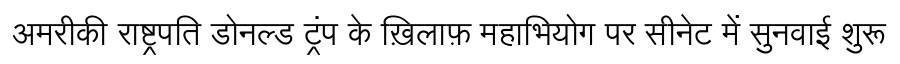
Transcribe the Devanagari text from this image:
अमरीकी राष्ट्रपति डोनल्ड ट्रंप के ख़िलाफ़ महाभियोग पर सीनेट में सुनवाई शुरू